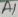
Text: A1